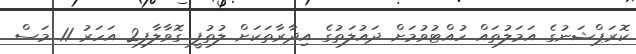
ކޮރަޕްޝަނުގެ އަމަލުތައް ހުއްޓުވުމަށް ދައުލަތުގެ އިދާރާތަކަށް ލުތުފީ ގޮވާލާފި2 އަހަރު 11 މަސް